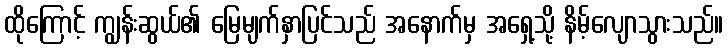
ထိုကြောင့် ကျွန်းဆွယ်၏ မြေမျက်နှာပြင်သည် အနောက်မှ အရှေ့သို့ နိမ့်လျောသွားသည်။